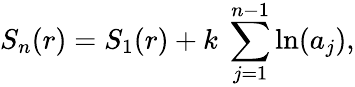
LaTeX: S_{n}(r)=S_{1}(r)+k\ \sum_{j=1}^{n-1}\ln(a_{j}),